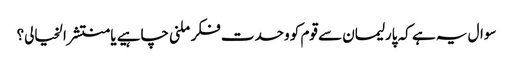
سوال یہ ہے کہ پارلیمان سے قوم کو وحدت فکر ملنی چاہیے یا منتشر الخیالی؟